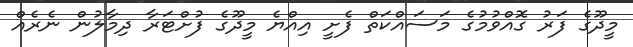
މީދޫގެ ފަރު ގޮއްވުމުގެ މަސައްކަތް ފެށީ އިއްޔެ މީދޫގެ ފުށްޓަރާ ދިމާލުން ނެރެއް